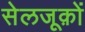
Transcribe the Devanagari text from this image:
सेलजूक़ों